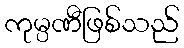
ကုမ္ပဏီဖြစ်သည်